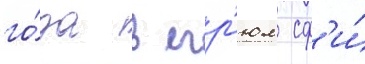
го́да в егр'юл сф'и́